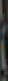
)